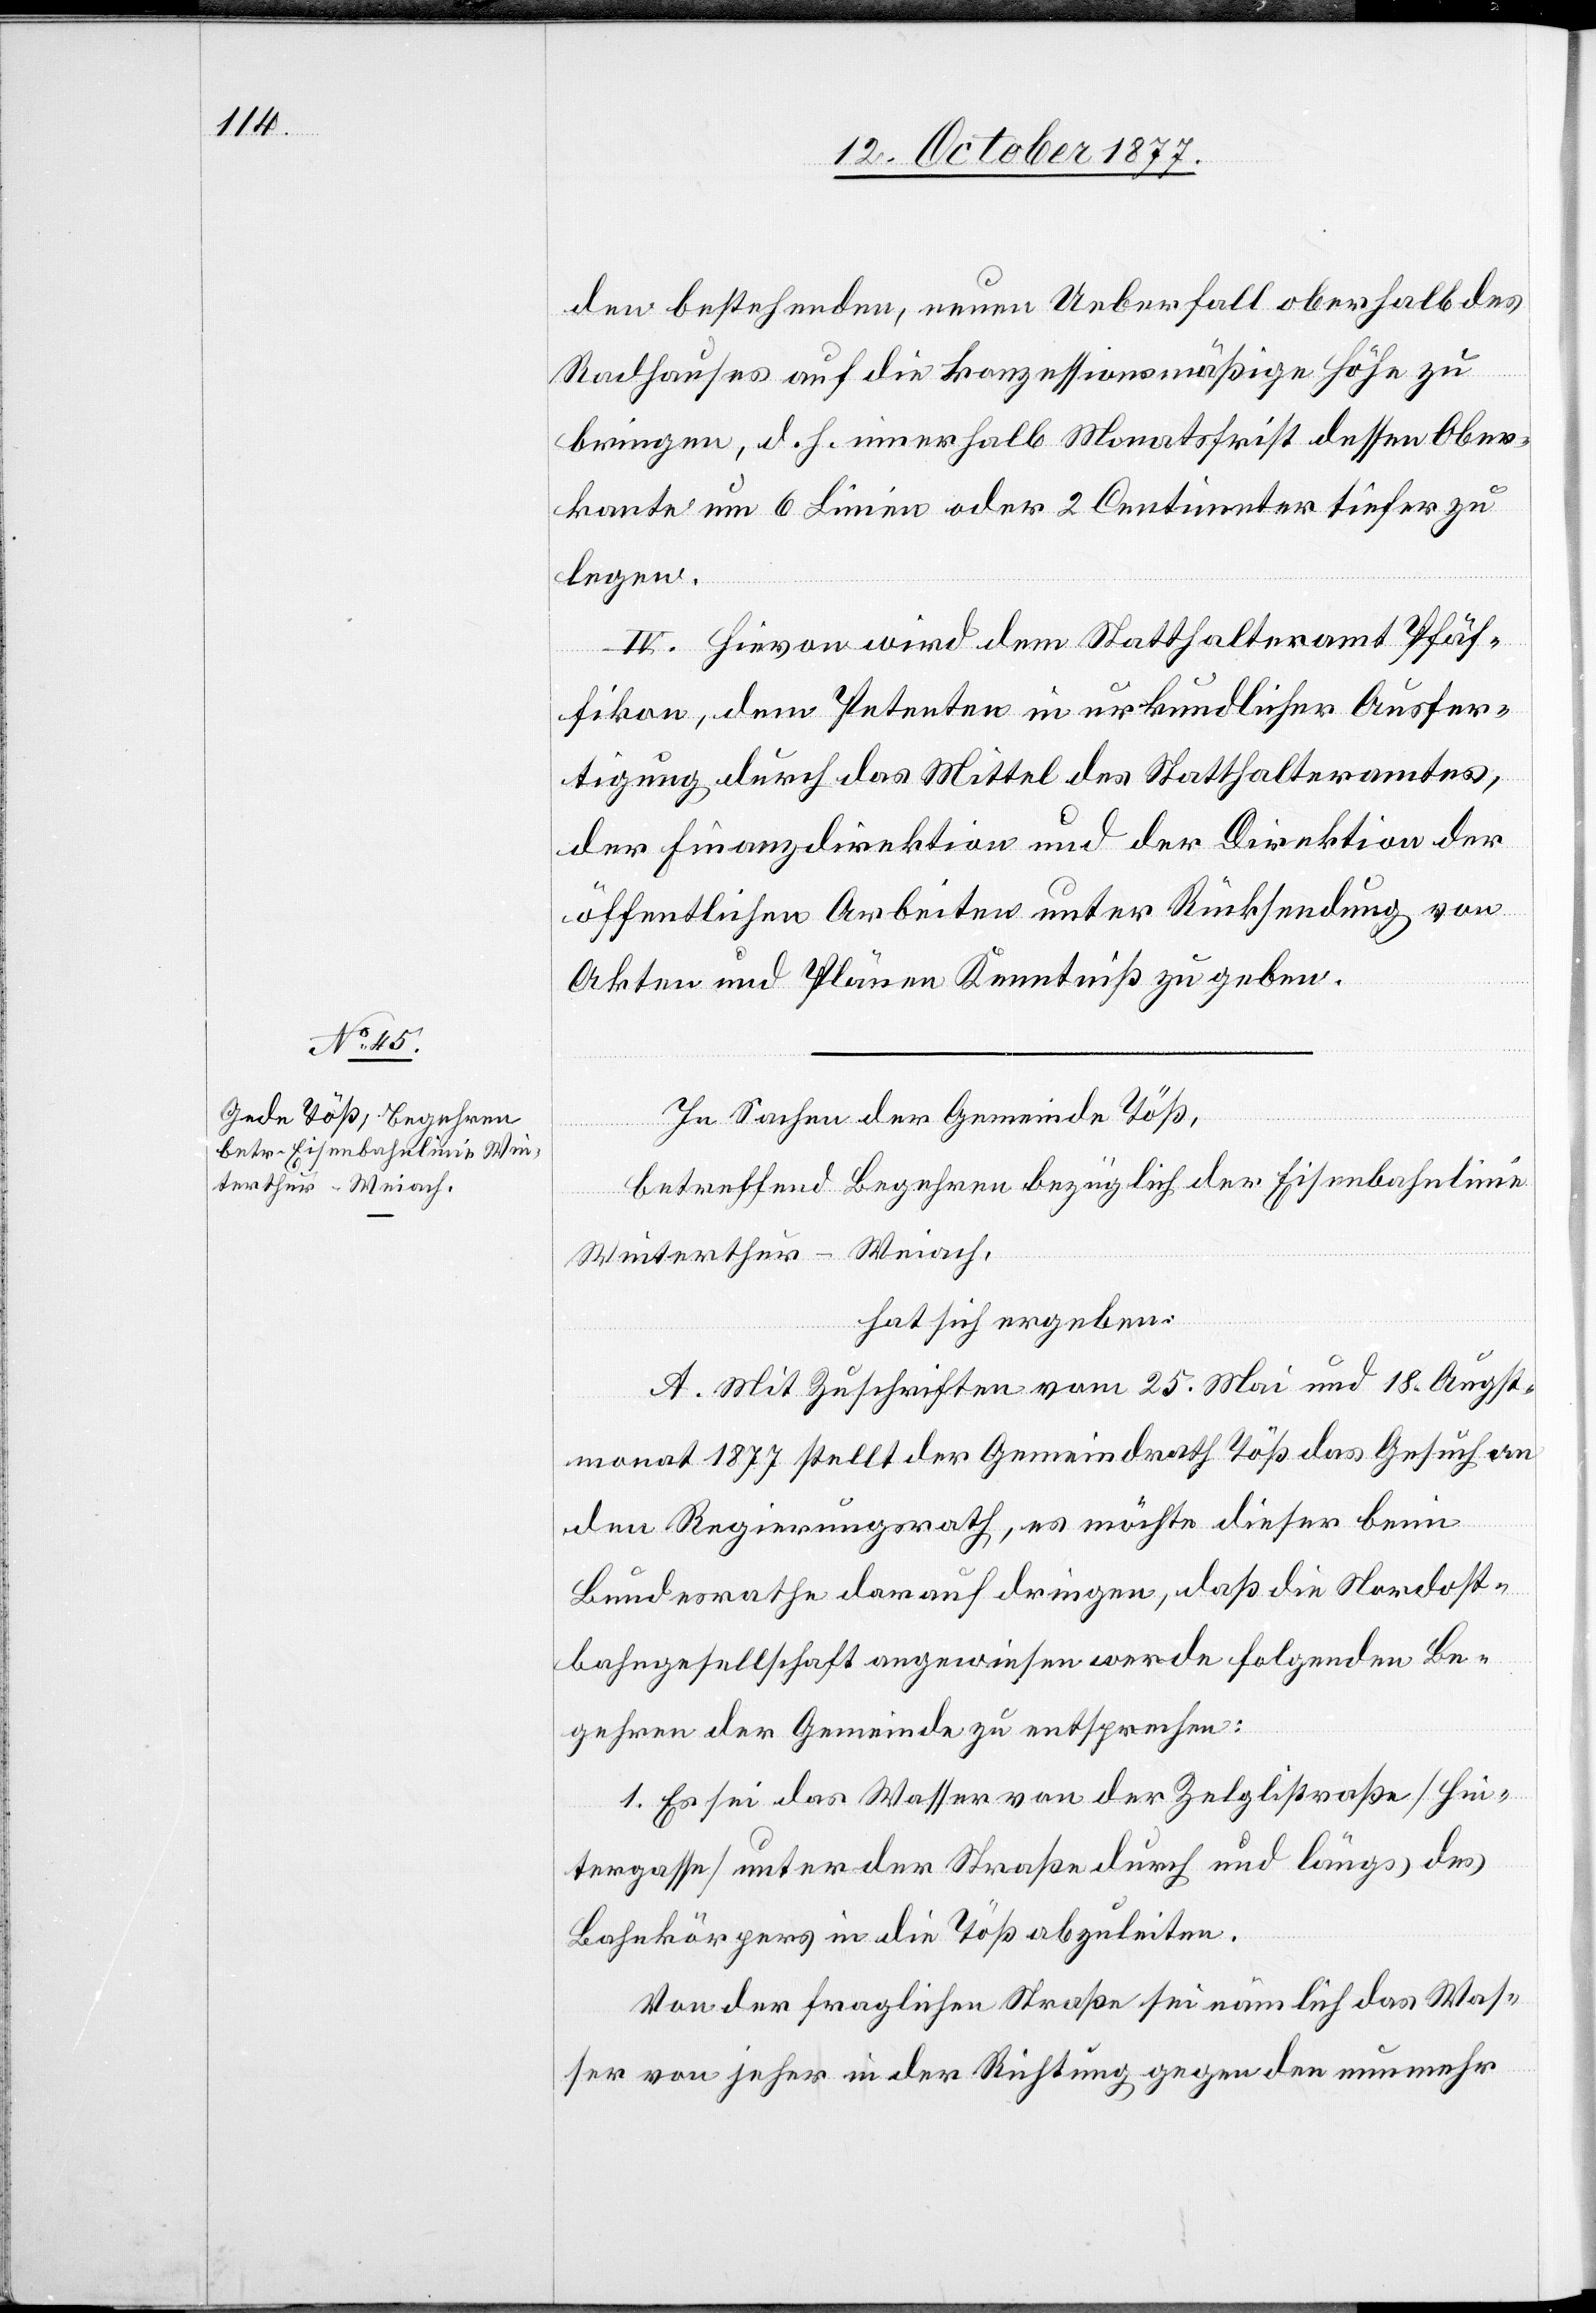
den bestehenden, neuen Ueberfall oberhalb des
Radhauses auf die konzessionsmäßige Höhe zu
bringen, d. h. innerhalb Monatsfrist dessen Ober¬
kante um 6 Linien oder 2 Centimeter tiefer zu
legen.
IV. Hievon wird dem Statthalteramt Pfäf¬
fikon, dem Petenten in urkundlicher Ausfer¬
tigung durch das Mittel des Statthalteramtes,
der Finanzdirektion und der Direktion der
öffentlichen Arbeiten unter Rücksendung von
Akten und Plänen Kenntniß zu geben
In Sachen der Gemeinde Töß,
betreffend Begehren bezüglich der Eisenbahnlinie
Winterthur–Weiach,
hat sich ergeben:
A. Mit Zuschriften vom 25. Mai und 18. Augst¬
monat 1877 stellt der Gemeindrath Töß das Gesuch an
ben].
den Regierungsrath, es möchte dieser beim
Bundesrathe darauf dringen, daß die Nordost¬
bahngesellschaft angewiesen werde folgenden Be¬
gehren der Gemeinde zu entsprechen:
1. Es sei das Wasser von der Zelglistraße [Hin¬
tergasse] unter der Straße durch und längs des
Bahnkörpers in die Töß abzuleiten.
Von der fraglichen Straße sei nämlich das Was¬
ser von jeher in der Richtung gegen den nunmehr